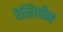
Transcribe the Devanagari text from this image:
वेसिलीन